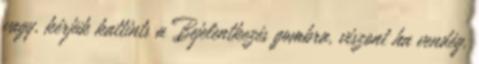
vagy, kérjük kattints a Bejelentkezés gombra, viszont ha vendég,